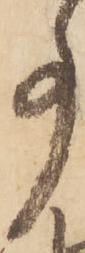
事